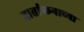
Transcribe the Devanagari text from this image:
वार्तांकनाच्या